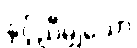
နှင့်ညီမျှသော